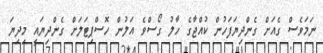
ނަމަވެސް ގެއަށް ގެންދިޔަފަހުން ކުއްޖާގެ ހާލު ގޯސްވެ އަލުން ހޮސްޕިޓަލަށް ގެންދިޔައީ މިދިޔަ